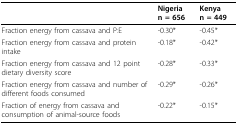
<table><thead><tr><td></td><td><b>Nigerian = 656</b></td><td><b>Kenyan = 449</b></td></tr></thead><tbody><tr><td>Fraction energy from cassava and P:E</td><td>-0.30*</td><td>-0.45*</td></tr><tr><td>Fraction energy from cassava and protein intake</td><td>-0.18*</td><td>-0.42*</td></tr><tr><td>Fraction energy from cassava and 12 point dietary diversity score</td><td>-0.28*</td><td>-0.33*</td></tr><tr><td>Fraction energy from cassava and number of different foods consumed</td><td>-0.29*</td><td>-0.26*</td></tr><tr><td>Fraction of energy from cassava and consumption of animal-source foods</td><td>-0.22*</td><td>-0.15*</td></tr></tbody></table>